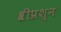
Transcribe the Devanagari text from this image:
श्रीप्रश्न